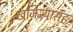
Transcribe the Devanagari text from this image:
खजिन्यासह